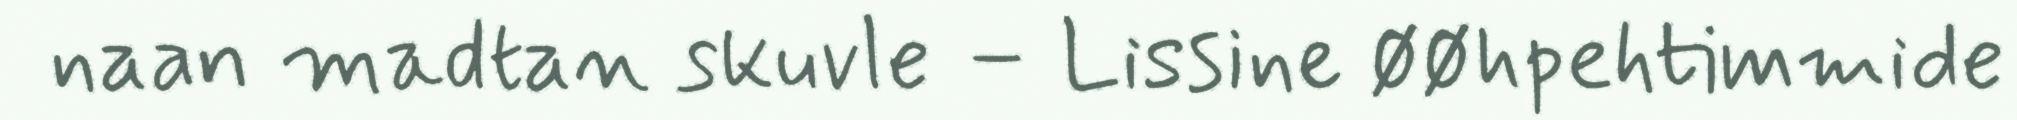
naan madtan skuvle – Lissine øøhpehtimmide